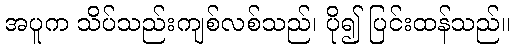
အပူက သိပ်သည်းကျစ်လစ်သည်၊ ပို၍ ပြင်းထန်သည်။